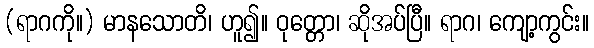
(ရာဂကို။) မာနသောတိ၊ ဟူ၍။ ဝုတ္တော၊ ဆိုအပ်ပြီ။ ရာဂ၊ ကျော့ကွင်း။